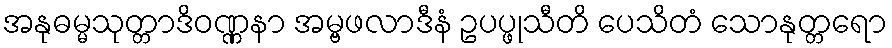
အနုဓမ္မသုတ္တာဒိဝဏ္ဏနာ အမ္ဗဖလာဒီနံ ဥပပ္ဖုသီတိ ပေသိတံ သောနုတ္တရော